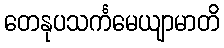
တေနုပသင်္ကမေယျာမာတိ